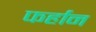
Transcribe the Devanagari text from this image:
फर्हान